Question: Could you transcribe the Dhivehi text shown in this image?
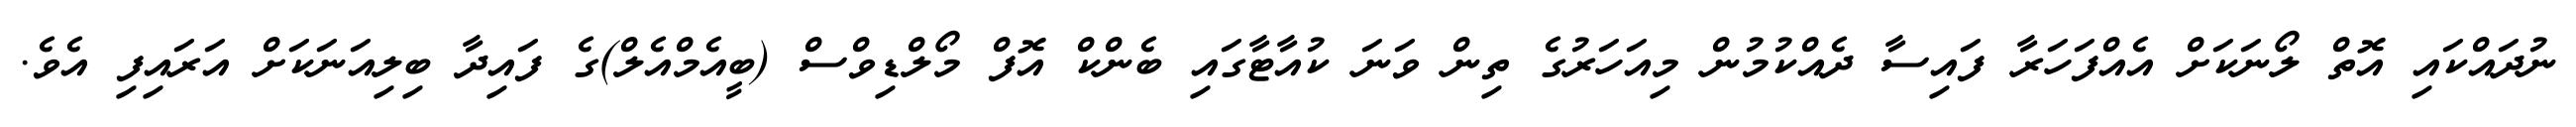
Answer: ނުދައްކައި އޮތް ލޯނަކަށް އެއްފަހަރާ ފައިސާ ދެއްކުމުން މިއަހަރުގެ ތިން ވަނަ ކުއާޓާގައި ބެންކް އޮފް މޯލްޑިވްސް (ބީއެމްއެލް)ގެ ފައިދާ ބިލިއަނަކަށް އަރައިފި އެވެ.